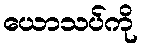
ယောသပ်ကို